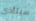
سيتأذى